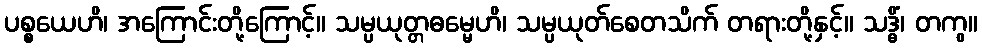
ပစ္စယေဟိ၊ အကြောင်းတို့ကြောင့်။ သမ္ပယုတ္တဓမ္မေဟိ၊ သမ္ပယုတ်စေတသိက် တရားတို့နှင့်။ သဒ္ဓိံ၊ တကွ။